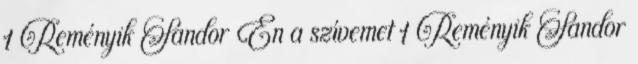
1 Reményik Sándor Én a szívemet 1 Reményik Sándor